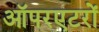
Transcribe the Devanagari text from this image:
ऑपरएटरों